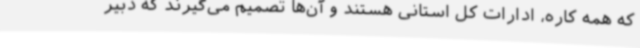
که همه کاره، ادارات کل استانی هستند و آن‌ها تصمیم می‌گیرند که دبیر